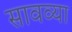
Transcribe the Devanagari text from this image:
सावव्या